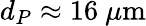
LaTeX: d_{P}\approx 16~\mu\textrm{m}